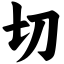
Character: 切